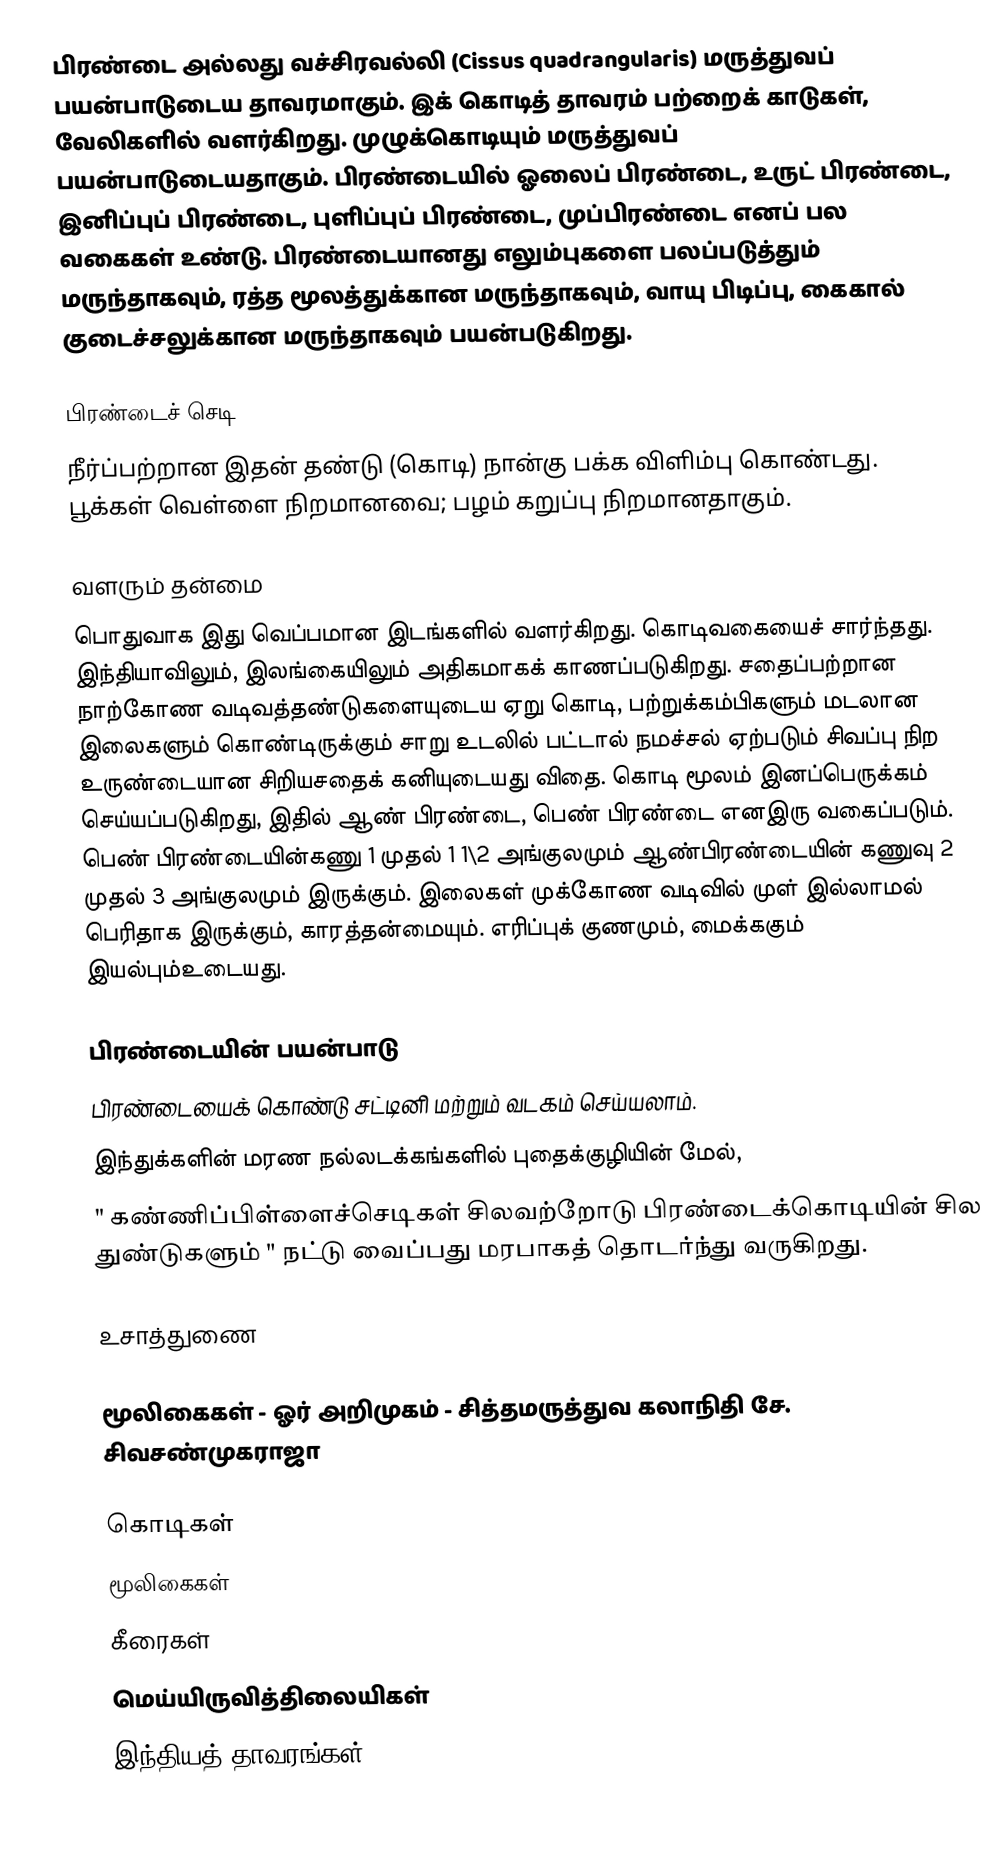
பிரண்டை அல்லது வச்சிரவல்லி (Cissus quadrangularis) மருத்துவப் பயன்பாடுடைய தாவரமாகும். இக் கொடித் தாவரம் பற்றைக் காடுகள், வேலிகளில் வளர்கிறது. முழுக்கொடியும் மருத்துவப் பயன்பாடுடையதாகும். பிரண்டையில் ஓலைப் பிரண்டை, உருட் பிரண்டை, இனிப்புப் பிரண்டை, புளிப்புப் பிரண்டை, முப்பிரண்டை எனப் பல வகைகள் உண்டு. பிரண்டையானது எலும்புகளை பலப்படுத்தும் மருந்தாகவும், ரத்த மூலத்துக்கான மருந்தாகவும், வாயு பிடிப்பு, கைகால் குடைச்சலுக்கான மருந்தாகவும் பயன்படுகிறது.

பிரண்டைச் செடி
நீர்ப்பற்றான இதன் தண்டு (கொடி) நான்கு பக்க விளிம்பு கொண்டது. பூக்கள் வெள்ளை நிறமானவை; பழம் கறுப்பு நிறமானதாகும்.

வளரும் தன்மை
பொதுவாக இது வெப்பமான இடங்களில் வளர்கிறது. கொடிவகையைச் சார்ந்தது. இந்தியாவிலும், இலங்கையிலும் அதிகமாகக் காணப்படுகிறது. சதைப்பற்றான நாற்கோண வடிவத்தண்டுகளையுடைய ஏறு கொடி, பற்றுக்கம்பிகளும் மடலான இலைகளும் கொண்டிருக்கும் சாறு உடலில் பட்டால் நமச்சல் ஏற்படும் சிவப்பு நிற உருண்டையான சிறியசதைக் கனியுடையது விதை. கொடி மூலம் இனப்பெருக்கம் செய்யப்படுகிறது, இதில் ஆண் பிரண்டை, பெண் பிரண்டை எனஇரு வகைப்படும். பெண் பிரண்டையின்கணு 1 முதல் 1 1\2 அங்குலமும் ஆண்பிரண்டையின் கணுவு 2 முதல் 3 அங்குலமும் இருக்கும். இலைகள் முக்கோண வடிவில் முள் இல்லாமல் பெரிதாக இருக்கும், காரத்தன்மையும். எரிப்புக் குணமும், மைக்ககும் இயல்பும்உடையது.

பிரண்டையின் பயன்பாடு
 பிரண்டையைக் கொண்டு சட்டினி மற்றும் வடகம் செய்யலாம்.
 இந்துக்களின் மரண நல்லடக்கங்களில் புதைக்குழியின் மேல்,
" கண்ணிப்பிள்ளைச்செடிகள் சிலவற்றோடு பிரண்டைக்கொடியின் சில துண்டுகளும் " நட்டு வைப்பது மரபாகத் தொடர்ந்து வருகிறது.

உசாத்துணை

 மூலிகைகள் - ஓர் அறிமுகம் - சித்தமருத்துவ கலாநிதி சே. சிவசண்முகராஜா

கொடிகள்
மூலிகைகள்
கீரைகள்
மெய்யிருவித்திலையிகள்
இந்தியத் தாவரங்கள்